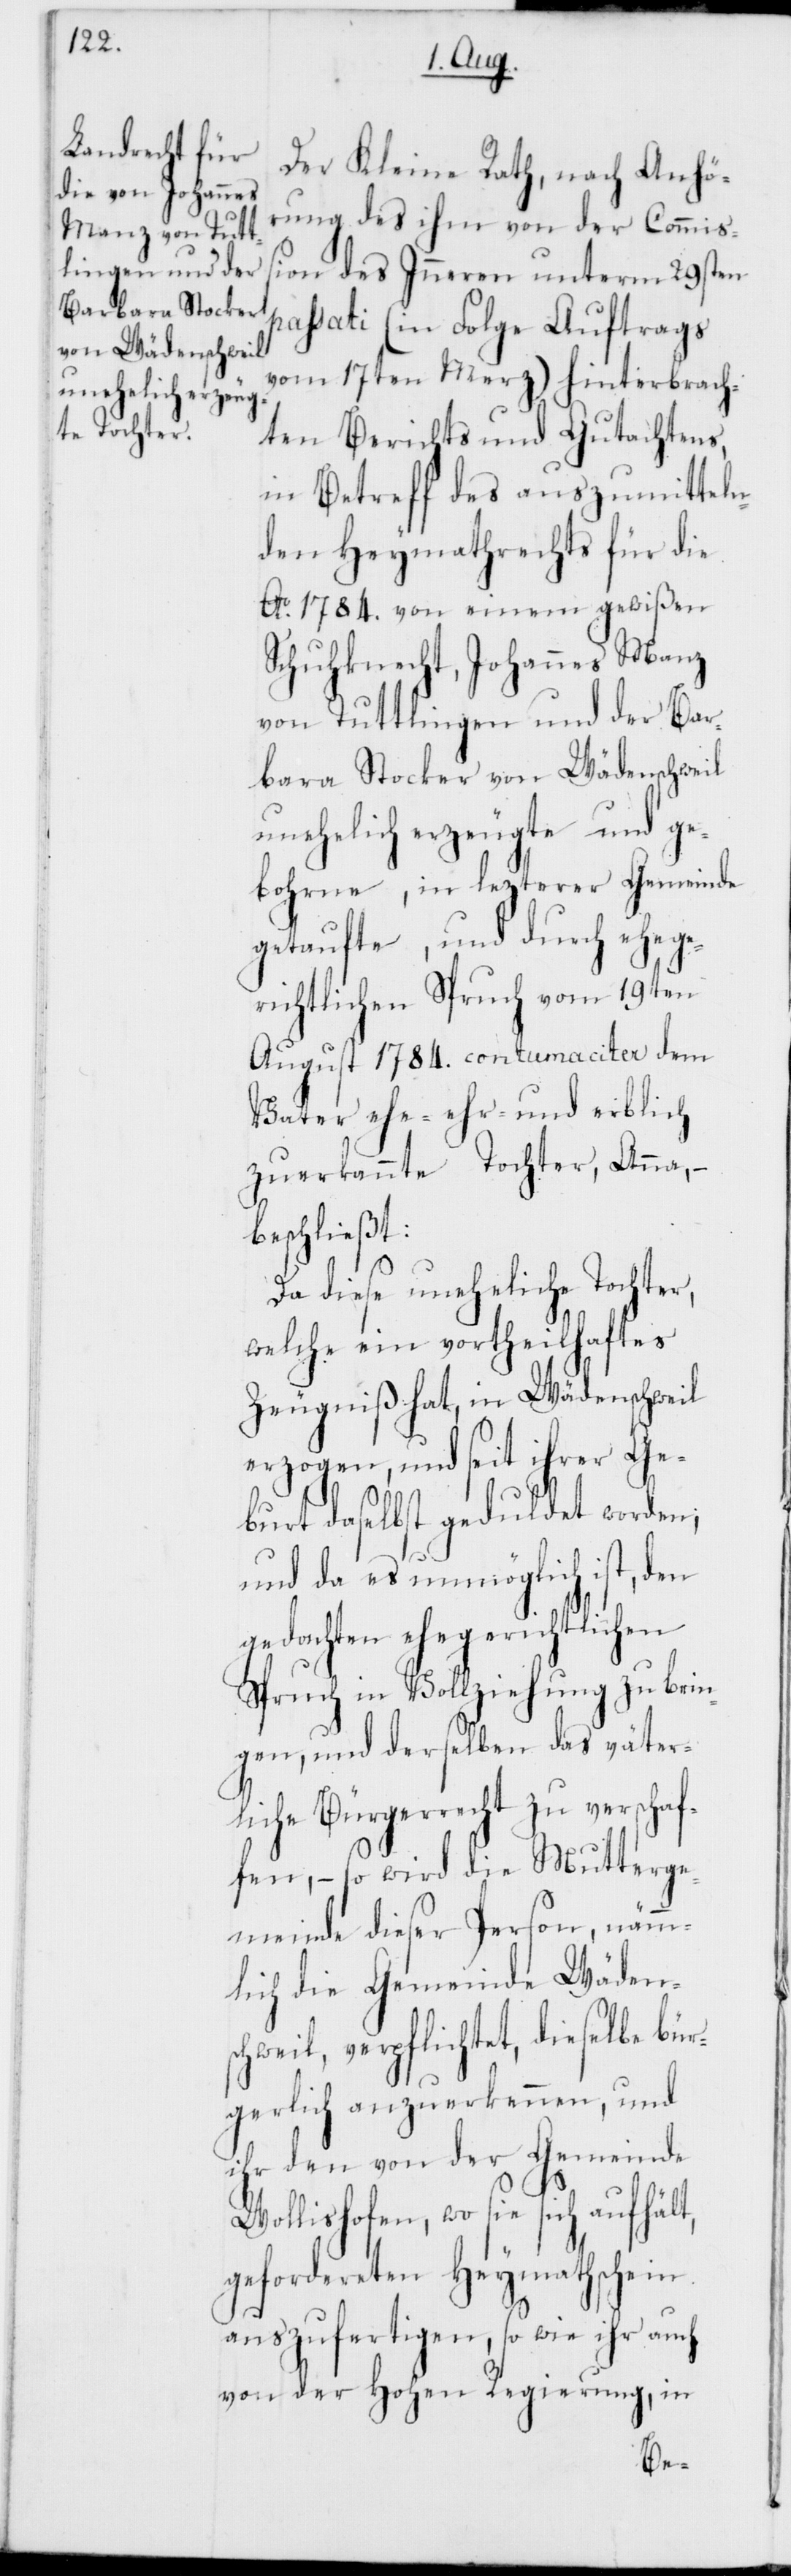
Der Kleine Rath, nach Anhör¬
ung des ihm von der Commiß¬
ion des Inneren unterm 29sten
passati (in Folge Auftrags
vom 17ten Merz) hinterbrach¬
ten Berichts und Gutachtens,
in Betreff des auszumitteln¬
den Heymathrechts für die
Ao 1784. von einem gewißen
Schuhknecht, Johannes Manz
von Tuttlingen und der Bar¬
bara Stocker von Wädenschweil
unehelich erzeugte und ge¬
bohrne, in lezterer Gemeinde
getaufte und durch ehege¬
richtlichen Spruch vom 19ten
August 1784. contumaciter, dem
Vater ehe-[,] ehr- und erblich
zuerkannte Tochter, Anna,
beschließt:
Da diese uneheliche Tochter,
welche ein vortheilhaftes
Zeugniß hat, in Wädenschweil
erzogen, und seit ihrer Ge¬
burt daselbst geduldet worden;
und da es unmöglich ist, den
gedachten ehegerichtlichen
Spruch in Vollziehung zu brin¬
gen, und derselben das väter¬
liche Bürgerrecht zu verschaf¬
fen, – so wird die Mutterge¬
meinde dieser Person, nämm¬
lich die Gemeinde Wäden¬
schweil verpflichtet, dieselbe bür¬
gerlich anzuerkennen, und
ihr den von der Gemeinde
Wollishofen, wo sie sich aufhält,
gefordereten Heymathschein
auszufertigen, so wie ihr auch
von der Hohen Regierung, in